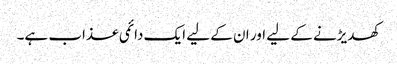
کھدیڑنے کے لیے اور ان کے لیے ایک دائمی عذاب ہے۔